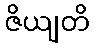
ဇိယျတိ